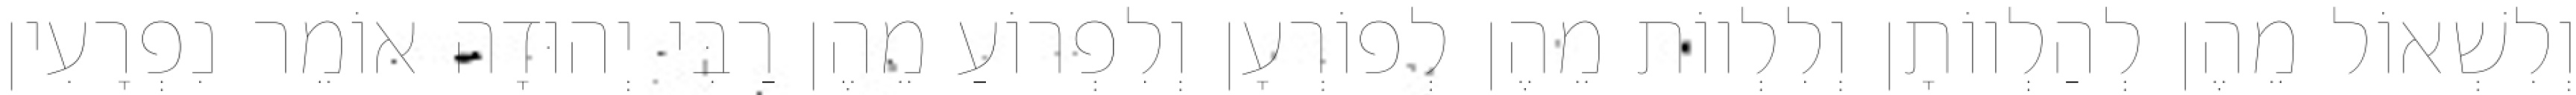
וְלִשְׁאוֹל מֵהֶן לְהַלְווֹתָן וְלִלְווֹת מֵהֶן לְפוֹרְעָן וְלִפְרוֹעַ מֵהֶן רַבִּי יְהוּדָה אוֹמֵר נִפְרָעִין